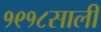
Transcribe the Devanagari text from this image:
१९१८साली